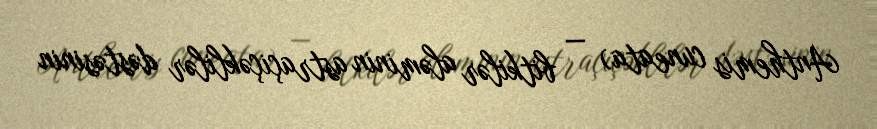
Anthemis cuneata) — bitkilər aləminin astraçiçəklilər dəstəsinin